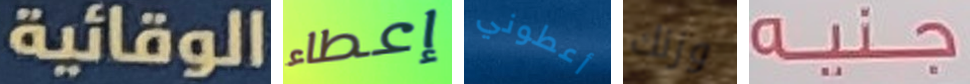
الوقائية إعطاء أعطوني وزنك جنيه